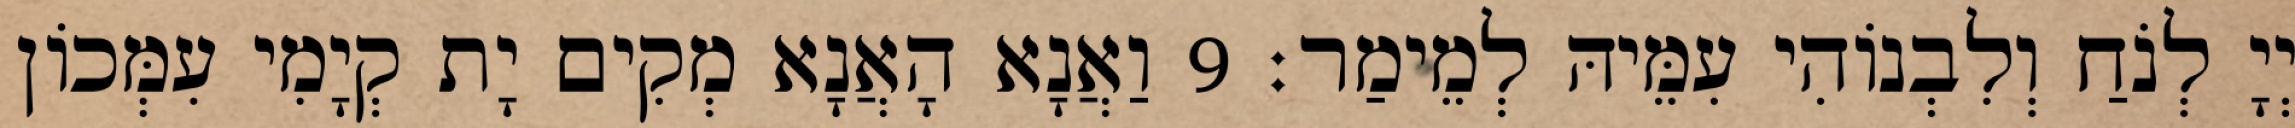
יְיָ לְנֹחַ וְלִבְנוֹהִי עִמֵּיהּ לְמֵימַר׃ 9 וַאֲנָא הָאֲנָא מְקִים יָת קְיָמִי עִמְּכוֹן